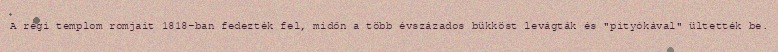
A régi templom romjait 1818-ban fedezték fel, midőn a több évszázados bükköst levágták és "pityókával" ültették be.